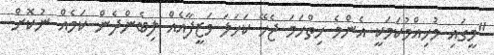
"މީގައި މުހިއްމުކަމަކީ އެންމެ ހިތްހަމަ ޖެހޭ ކަހަލަ ވަޒީފާއެއް ލިބެންދެން ކަމެއް ނުކޮށް